Account of plague administration in the Bombay Presidency from September 1896 till May 1897
Year: 1896
Disease focus: Plague
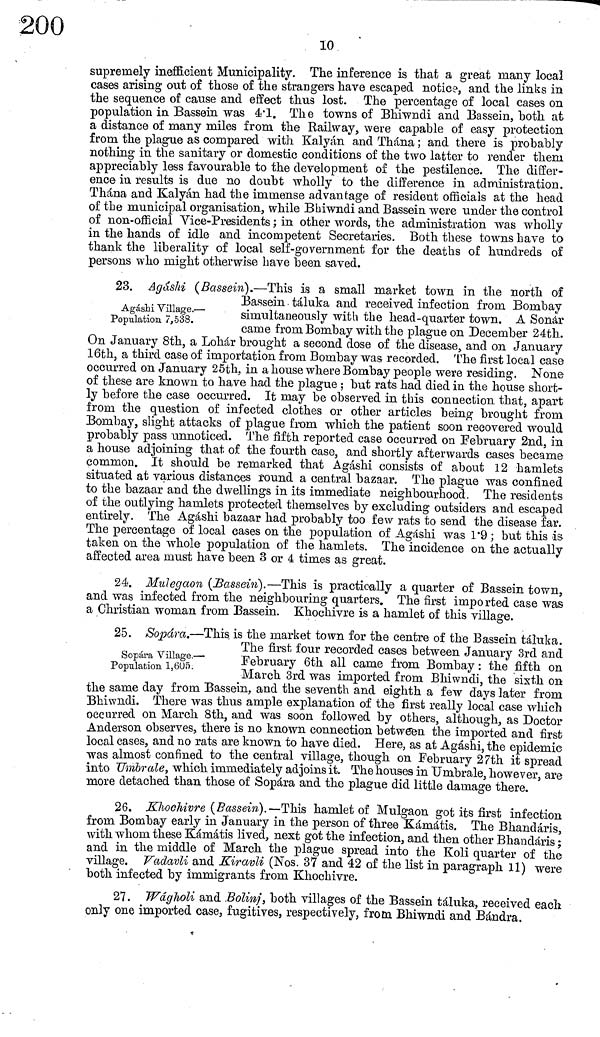
10
supremely inefficient Municipality. The inference is that a great many local
cases arising out of those of the strangers have escaped notice, and the links in
the sequence of cause and effect thus lost. The percentage of local cases on
population in Bassein was 4.1. The towns of Bhiwndi and Bassein, both at
a distance of many miles from the Railway, were capable of easy protection
from the plague as compared with Kalyán and Thána ; and there is probably
nothing in the sanitary or domestic conditions of the two latter to render them
appreciably less favourable to the development of the pestilence. The differ-
ence in results is due no doubt wholly to the difference in administration.
Thána and Kalyán had the immense advantage of resident officials at the head
of the municipal organisation, while Bhiwndi and Bassein were under the control
of non-official Vice-Presidents ; in other words, the administration was wholly
in the hands of idle and incompetent Secretaries. Both these towns have to
thank the liberality of local self-government for the deaths of hundreds of
persons who might otherwise have been saved.
Agáshi Village.·—
Population 7,538.
23. Agashi (Bassein).—This is a small market town in the north of
-Bassein táluka and received infection from Bombay
simultaneously with the head-quarter town. A Sonar
came from Bombay with the plague on December 24th.
On January 8th, a Lohár brought a second dose of the disease, and on January
16th, a third case of importation from Bombay was recorded. The first local case
occurred on January 25th, in a house where Bombay people were residing. None
of these are known to have had the plague ; but rats had died in the house short-
ly before the case occurred. It may be observed in this connection that, apart
from the question of infected clothes or other articles being brought from
Bombay, slight attacks of plague from which the patient soon recovered would
probably pass unnoticed. The fifth reported case occurred on February 2nd, in
a house adjoining that of the fourth case, and shortly afterwards cases became
common. It should be remarked that Agáshi consists of about 12 hamlets
situated at various distances round a central bazaar. The plague was confined
to the bazaar and the dwellings in its immediate neighbourhood. The residents
of the outlying hamlets protected themselves by excluding outsiders and escaped
entirely. The Agáshi bazaar had probably too few rats to send the disease far.
The percentage of local cases on the population of Agáshi was 1.9; but this is
taken on the whole population of the hamlets. The incidence on the actually
affected area must have been 3 or 4 times as great.
24. Mulegaon (Bassein).—This is practically a quarter of Bassein town,
and was infected from the neighbouring quarters. The first imported case was
a Christian woman from Bassein. Khochivre is a hamlet of this village.
Sopara Village.—
Population 1,605.
25. Sopára.—This, is the market town for the centre of the Basseín táluka.
The first four recorded cases between January 3rd and
February 6th all came from Bombay : the fifth on
March 3rd was imported from Bhiwndi, the sixth on
the same day from Bassein, and the seventh and eighth a few days later from
Bhiwndi. There was thus ample explanation of the first really local case which
occurred on March 8th, and was soon followed by others, although, as Doctor
Anderson observes, there is no known connection between the imported and first
local cases, and no rats are known to have died. Here, as at Agáshi, the epidemic
was almost confined to the central village, though on February 27th it spread
into Umbrale, which immediately adjoins it. The houses in Umbrale, however, are
more detached than those of Sopara and the plague did little damage there.
26. Khochivre (Bassein).— This hamlet of Mulgaon got its first infection
from Bombay early in January in the person of three Kámátis. The Bhandáris,
with whom these Kámátis lived, next got the infection, and then other Bhandáris ;
and in the middle of March the plague spread into the Koli quarter of thé
village. Vadavli and Kiravli (Nos. 37 and 42 of the list in paragraph 11) were
both infected by immigrants from Khochivre.
27. Wágholi and Bolinj, both villages of the Bassein táluka, received each
only one imported case, fugitives, respectively, from Bhiwndi and Bándra.